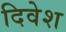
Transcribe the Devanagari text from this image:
दिवेश